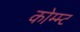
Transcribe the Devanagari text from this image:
कोम्म्ट